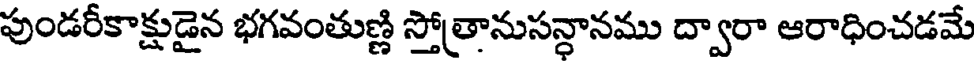
పుండరీకాక్షుడైన భగవంతుణ్ణి స్తోత్రానుసన్ధానము ద్వారా ఆరాధించడమే